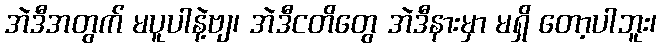
အဲဒီအတွက် မပူပါနဲ့ဗျ၊ အဲဒီငတိတွေ အဲဒီနားမှာ မရှိ တော့ပါဘူး၊